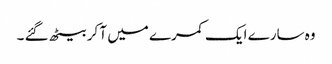
وہ سارے ایک کمرے میں آ کر بیٹھ گئے ۔